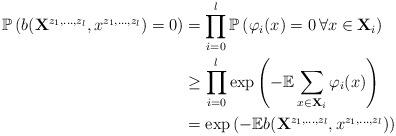
LaTeX: \begin{align*}\mathbb{P}\left( b(\mathbf{X}^{z_1, \dots, z_l}, x^{z_1,\dots,z_l})=0 \right) &= \prod_{i=0}^l \mathbb{P}\left( \varphi_i(x)=0 \, \forall x\in \mathbf{X}_i\right)\\&\geq \prod_{i=0}^l \exp\left( -\mathbb{E} \sum_{x\in \mathbf{X}_i} \varphi_i(x)\right)\\&= \exp\left( -\mathbb{E} b(\mathbf{X}^{z_1, \dots, z_l}, x^{z_1,\dots,z_l}) \right)\end{align*}